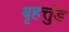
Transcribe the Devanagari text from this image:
बृहत्तुंड